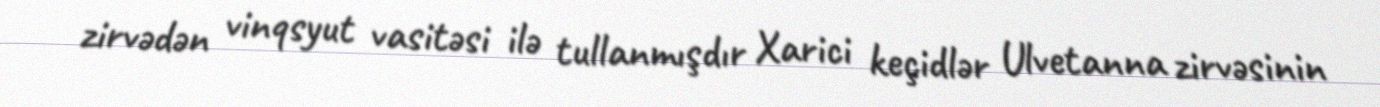
zirvədən vinqsyut vasitəsi ilə tullanmışdır Xarici keçidlər Ulvetanna zirvəsinin